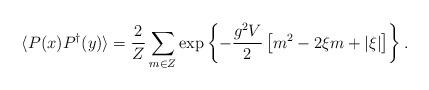
LaTeX: \begin{align*}\langle P(x)P^\dagger (y) \rangle =\frac{2}{Z}\sum_{m\in Z}\exp \left\{ -\frac{g^2V}{2}\left[m^2-2\xi m+\vert\xi\vert\right]\right\}.\end{align*}